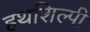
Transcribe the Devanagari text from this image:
हथशिल्पी